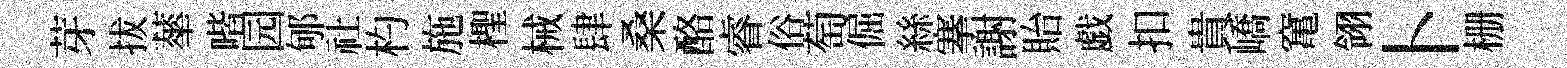
芽拔蕐喈园郇社杓施檉械肆桑酪睿俗萄倔絲搴謝貽戯扣貴嶠𥧄翎卜栅